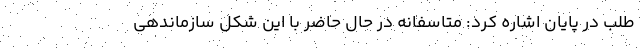
طلب در پايان اشاره کرد: متاسفانه در حال حاضر با این شکل سازماندهی